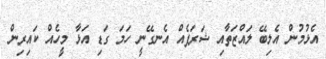
އެޅުމުން އެލިބޭ ލައްޒަތާއި ޝަރަފެއް އެނގޭނީ ހަމަ ގަޑި އަޅާ މީހެއް ކައިރިން